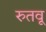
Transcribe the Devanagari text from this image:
रुतवू